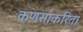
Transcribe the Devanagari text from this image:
कणसाकरिता